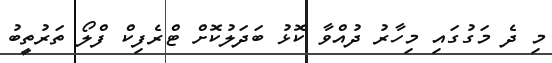
މި ދެ މަގުގައި މިހާރު ދުއްވާ ކޮޅު ބަދަލުކޮށް ޓްރެފިކް ފްލޯ ތަރުތީބު